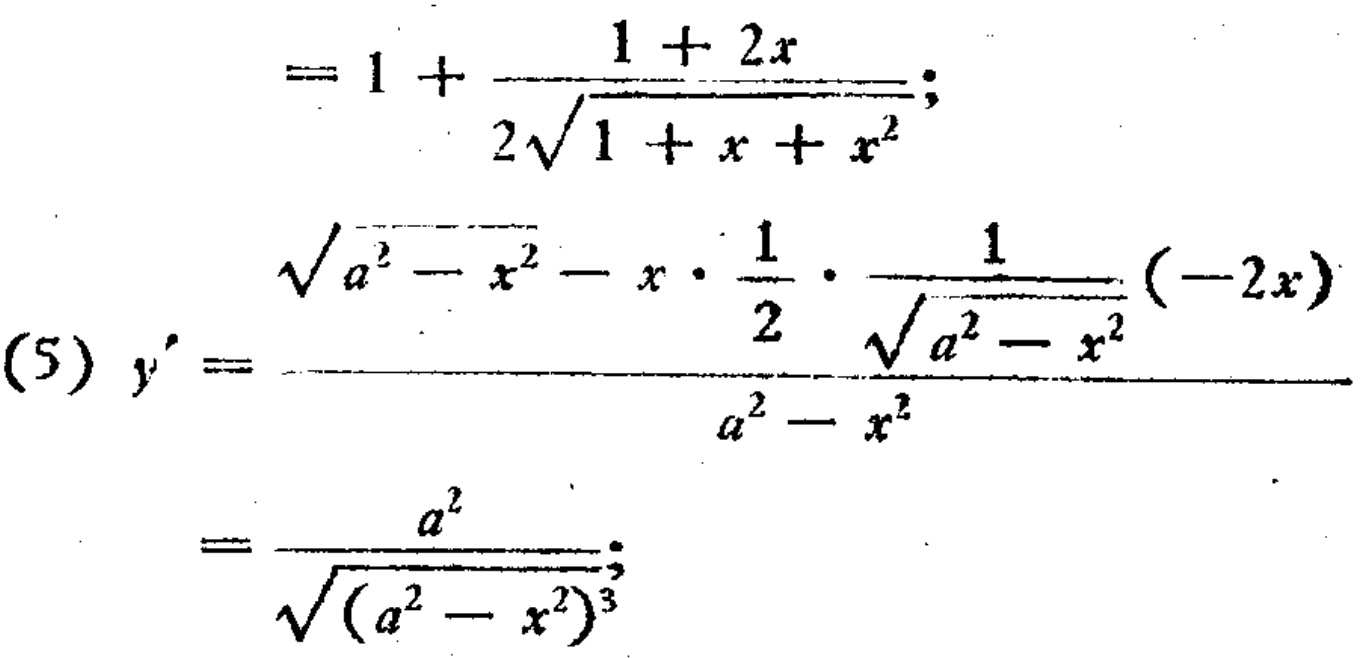
\[
\begin{align*}
&=1 + \frac{1 + 2x}{2\sqrt{1 + x + x^{2}}};\\
(5)y'&=\frac{\sqrt{a^{2}-x^{2}}-x\cdot\frac{1}{2}\cdot\frac{1}{\sqrt{a^{2}-x^{2}}}(-2x)}{a^{2}-x^{2}}\\
&=\frac{a^{2}}{\sqrt{(a^{2}-x^{2})^{3}}};
\end{align*}
\]